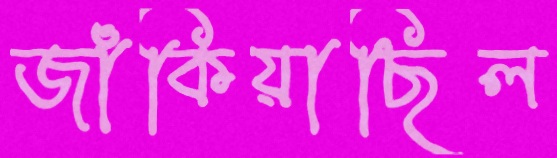
জাঁকিয়াছিল